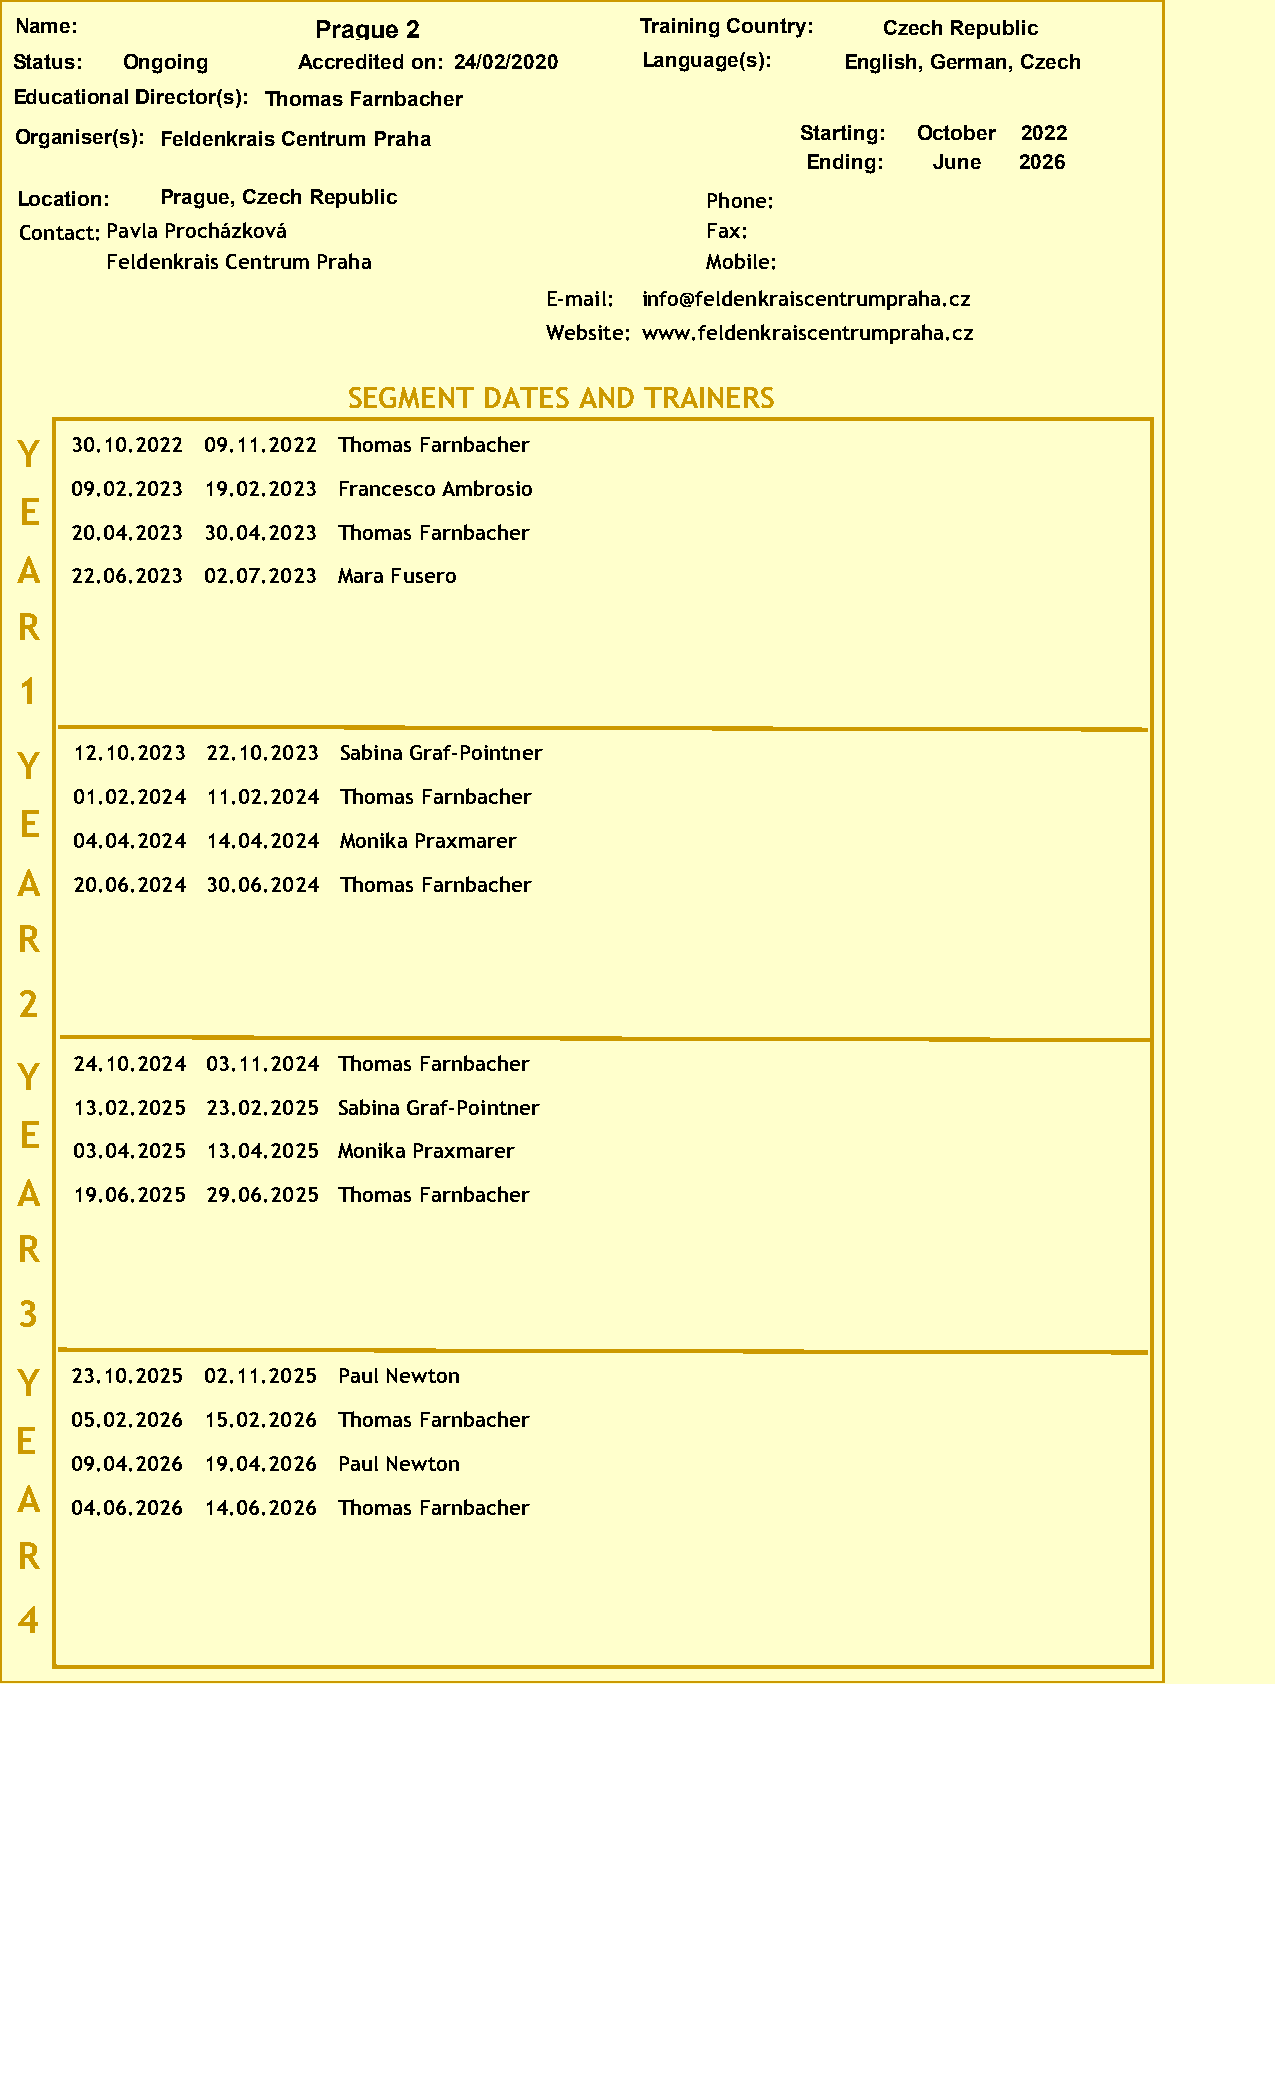
Name:               Prague 2             Training Country: Czech Republic
 Status: Ongoing    Accredited on: 24/02/2020 Language(s): English, German, Czech
 Educational Director(s): Thomas Farnbacher
 Organiser(s): Feldenkrais Centrum Praha             Starting: October 2022
 Ending:  June 2026
 Location: Prague, Czech Republic              Phone:
 Contact:Pavla Procházková                     Fax:
 Feldenkrais Centrum Praha               Mobile:
 E-mail: info@feldenkraiscentrumpraha.cz
 Website: www.feldenkraiscentrumpraha.cz
 SEGMENT  DATES AND  TRAINERS
 Y   30.10.2022 09.11.2022 Thomas Farnbacher
 09.02.2023 19.02.2023 Francesco Ambrosio
 E
 20.04.2023 30.04.2023 Thomas Farnbacher
 A
 22.06.2023 02.07.2023 Mara Fusero
 R
 1
 Y   12.10.2023 22.10.2023 Sabina Graf-Pointner
 01.02.2024 11.02.2024 Thomas Farnbacher
 E
 04.04.2024 14.04.2024 Monika Praxmarer
 A
 20.06.2024 30.06.2024 Thomas Farnbacher
 R
 2
 Y   24.10.2024 03.11.2024 Thomas Farnbacher
 13.02.2025 23.02.2025 Sabina Graf-Pointner
 E
 03.04.2025 13.04.2025 Monika Praxmarer
 A
 19.06.2025 29.06.2025 Thomas Farnbacher
 R
 3
 Y   23.10.2025 02.11.2025 Paul Newton
 05.02.2026 15.02.2026 Thomas Farnbacher
 E
 09.04.2026 19.04.2026 Paul Newton
 A
 04.06.2026 14.06.2026 Thomas Farnbacher
 R
 4